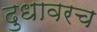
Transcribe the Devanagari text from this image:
दुधावरच